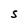
Character: S